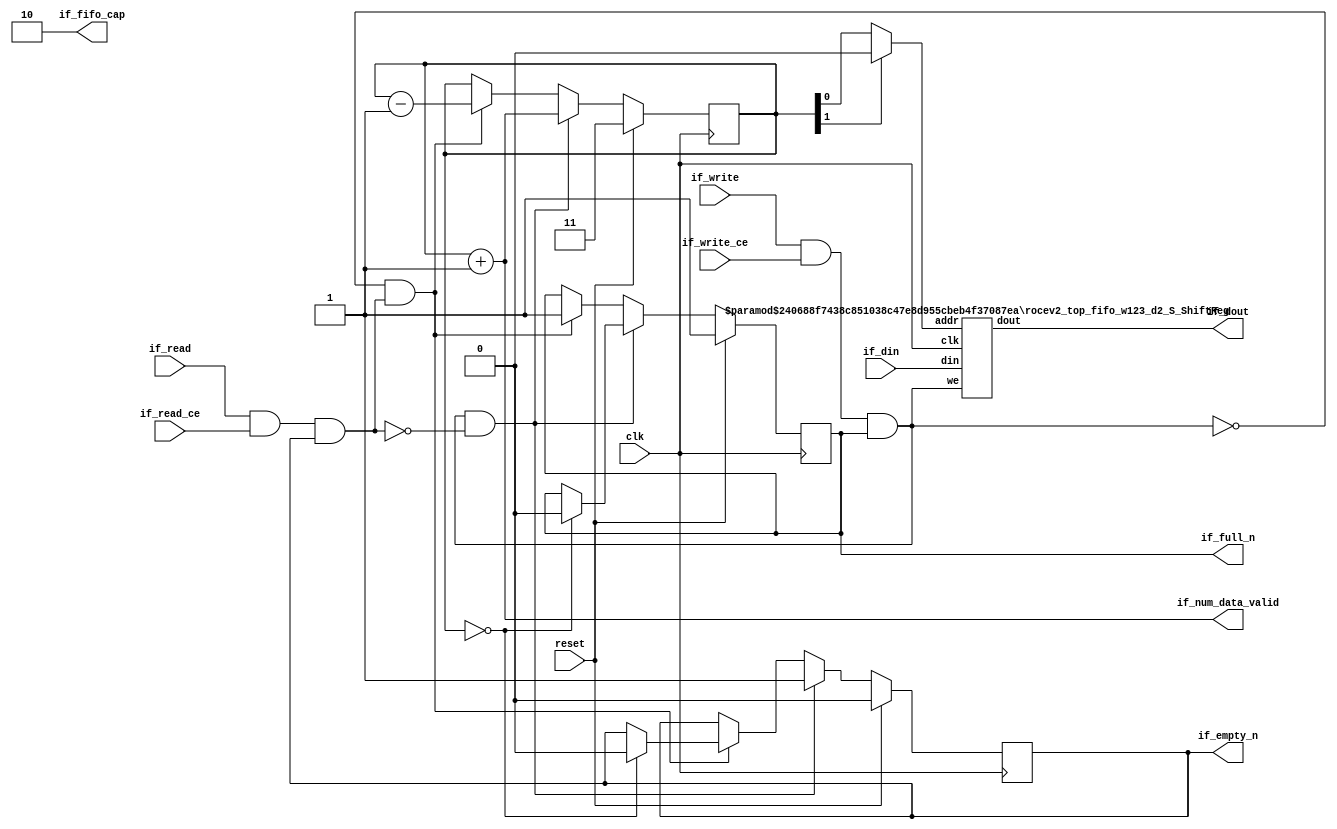
// ==============================================================
// Vitis HLS - High-Level Synthesis from C, C++ and OpenCL v2022.2 (64-bit)
// Version: 2022.2
// Copyright 1986-2022 Xilinx, Inc. All Rights Reserved.
// ==============================================================
// 67d7842dbbe25473c3c32b93c0da8047785f30d78e8a024de1b57352245f9689

`timescale 1 ns / 1 ps

module rocev2_top_fifo_w123_d2_S
#(parameter
    MEM_STYLE   = "shiftReg",
    DATA_WIDTH  = 123,
    ADDR_WIDTH  = 1,
    DEPTH       = 2)
(
    // system signal
    input  wire                  clk,
    input  wire                  reset,

    // write
    output wire                  if_full_n,
    input  wire                  if_write_ce,
    input  wire                  if_write,
    input  wire [DATA_WIDTH-1:0] if_din,
    
    // read 
    output wire [ADDR_WIDTH:0]   if_num_data_valid, // for FRP
    output wire [ADDR_WIDTH:0]   if_fifo_cap,       // for FRP
    output wire                  if_empty_n,
    input  wire                  if_read_ce,
    input  wire                  if_read,
    output wire [DATA_WIDTH-1:0] if_dout
);
//------------------------Parameter----------------------

//------------------------Local signal-------------------
wire [ADDR_WIDTH-1:0] addr;
wire                  push;
wire                  pop;
reg signed [ADDR_WIDTH:0]   mOutPtr;
reg                   empty_n = 1'b0;
reg                   full_n  = 1'b1;
// with almost full?  no 
//------------------------Instantiation------------------
rocev2_top_fifo_w123_d2_S_ShiftReg 
#(  .DATA_WIDTH (DATA_WIDTH),
    .ADDR_WIDTH (ADDR_WIDTH),
    .DEPTH      (DEPTH))
U_rocev2_top_fifo_w123_d2_S_ShiftReg (
    .clk        (clk),
    .we         (push),
    .addr       (addr),
    .din        (if_din),
    .dout       (if_dout)
);
//------------------------Task and function--------------

//------------------------Body---------------------------
// has num_data_valid ? 
assign if_num_data_valid = mOutPtr + 1'b1; // yes
assign if_fifo_cap = DEPTH; // yes 

// has almost full ? 
assign if_full_n  = full_n; //no 
assign if_empty_n = empty_n;

assign push = (if_write & if_write_ce) & full_n;
assign pop  = (if_read & if_read_ce) & empty_n;
assign addr = mOutPtr[ADDR_WIDTH] == 1'b0 ? mOutPtr[ADDR_WIDTH-1:0]:{ADDR_WIDTH{1'b0}};

// full_n
always @(posedge clk ) begin
    if (reset == 1'b1)
        full_n <= 1'b1;
    else if (push & ~pop) begin
        if (mOutPtr == DEPTH - 2)
            full_n <= 1'b0;
    end
    else if (~push & pop)
        full_n <= 1'b1;
end

// almost_full_n 

// empty_n
always @(posedge clk ) begin
    if (reset == 1'b1)
        empty_n <= 1'b0;
    else if (push & ~pop)
        empty_n <= 1'b1;
    else if (~push & pop) begin
        if (mOutPtr == 0)
            empty_n <= 1'b0;
    end
end

// mOutPtr
always @(posedge clk ) begin
    if (reset == 1'b1)
        mOutPtr <= {ADDR_WIDTH+1{1'b1}};
    else if (push & ~pop)
        mOutPtr <= mOutPtr + 1'b1;
    else if (~push & pop)
        mOutPtr <= mOutPtr - 1'b1;
end

endmodule  


module rocev2_top_fifo_w123_d2_S_ShiftReg
#(parameter
    DATA_WIDTH  = 123,
    ADDR_WIDTH  = 1,
    DEPTH       = 2)
(
    input  wire                  clk,
    input  wire                  we,
    input  wire [ADDR_WIDTH-1:0] addr,
    input  wire [DATA_WIDTH-1:0] din,
    output wire [DATA_WIDTH-1:0] dout
);

reg [DATA_WIDTH-1:0] SRL_SIG [0:DEPTH-1];
integer i;

always @ (posedge clk) begin
    if (we) begin
        for (i=0; i<DEPTH-1; i=i+1)
            SRL_SIG[i+1] <= SRL_SIG[i];
        SRL_SIG[0] <= din;
    end
end

assign dout = SRL_SIG[addr];

endmodule